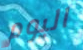
اليوم